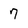
Character: 7